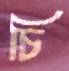
চি